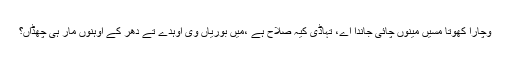
وچارا کھوتا مسیں مینوں چائی جاندا اے، تہاڈی کیہ صلاح ہے ،میں بوریاں وی اوہدے تے دھر کے اوہنوں مار ہی چھڈاں؟